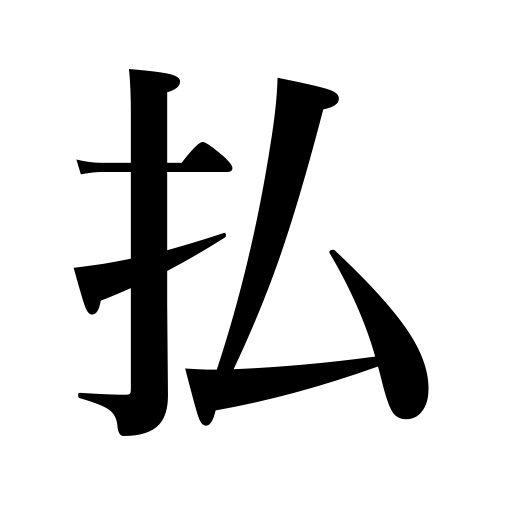
Meanings: pay,drive away,dispose of,banish,prune,clear out,sweep away,wield a sword sideways,wipe off,parry,brush off,show interest in